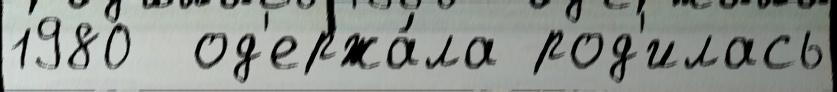
1980  од'ержа́ла род'илась